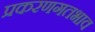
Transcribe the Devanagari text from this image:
प्रकरणगतभाव